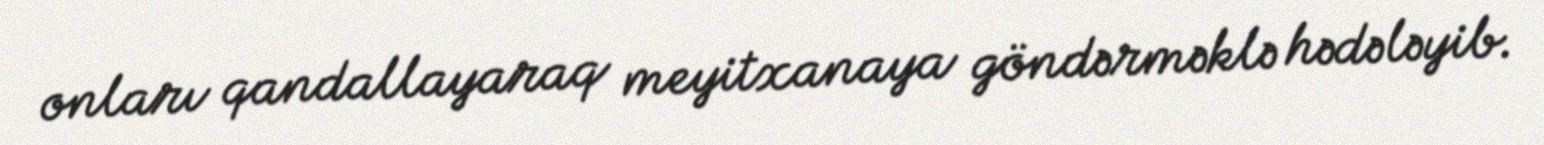
onları qandallayaraq meyitxanaya göndərməklə hədələyib.